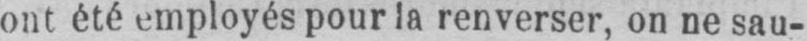
ont été employés pour la renverser, on ne sau-